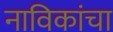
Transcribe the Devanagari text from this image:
नाविकांचा